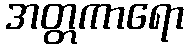
အတ္တကာရော